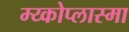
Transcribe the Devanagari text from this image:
म्य्कोप्लास्मा